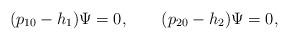
LaTeX: \begin{align*}(p_{10}-h_1)\Psi=0, \qquad (p_{20}-h_2)\Psi=0, \end{align*}